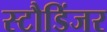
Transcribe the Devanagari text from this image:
स्टौडिंजर